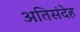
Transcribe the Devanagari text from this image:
अतिसंदेह